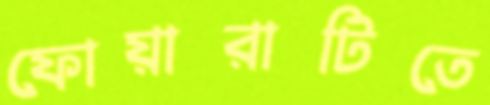
ফোয়ারাটিতে